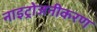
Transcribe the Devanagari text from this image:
नाइट्रोजनीकरण